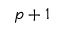
p + 1